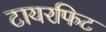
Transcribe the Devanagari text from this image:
टायरफिट